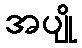
အပျို